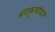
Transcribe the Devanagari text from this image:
अंगकुचीदार